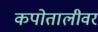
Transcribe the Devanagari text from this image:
कपोतालीवर